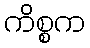
ကိစ္စက